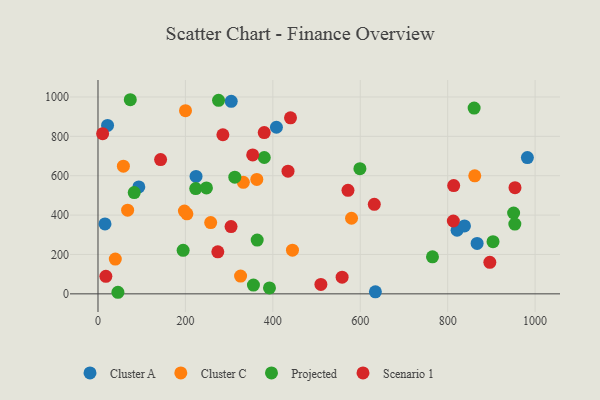
{"axis": {"x": "Price", "y": "Fuel Efficiency"}, "legend": ["Cluster A", "Cluster C", "Projected", "Scenario 1"], "data": [{"x": "408.2", "y": 846.4, "type": "Cluster A"}, {"x": "634.6", "y": 10.4, "type": "Cluster A"}, {"x": "21.9", "y": 855.4, "type": "Cluster A"}, {"x": "93.4", "y": 543.3, "type": "Cluster A"}, {"x": "224.3", "y": 596.6, "type": "Cluster A"}, {"x": "867.3", "y": 255.9, "type": "Cluster A"}, {"x": "16.0", "y": 355.1, "type": "Cluster A"}, {"x": "982.3", "y": 692.4, "type": "Cluster A"}, {"x": "821.5", "y": 323.1, "type": "Cluster A"}, {"x": "838.4", "y": 344.8, "type": "Cluster A"}, {"x": "304.8", "y": 977.8, "type": "Cluster A"}, {"x": "200.2", "y": 930.5, "type": "Cluster C"}, {"x": "326.2", "y": 90.4, "type": "Cluster C"}, {"x": "363.3", "y": 581.0, "type": "Cluster C"}, {"x": "257.8", "y": 362.2, "type": "Cluster C"}, {"x": "58.1", "y": 648.8, "type": "Cluster C"}, {"x": "332.5", "y": 566.6, "type": "Cluster C"}, {"x": "67.8", "y": 424.8, "type": "Cluster C"}, {"x": "861.9", "y": 599.3, "type": "Cluster C"}, {"x": "580.0", "y": 384.1, "type": "Cluster C"}, {"x": "203.4", "y": 406.5, "type": "Cluster C"}, {"x": "39.6", "y": 176.7, "type": "Cluster C"}, {"x": "197.7", "y": 420.4, "type": "Cluster C"}, {"x": "444.9", "y": 221.9, "type": "Cluster C"}, {"x": "45.6", "y": 8.0, "type": "Projected"}, {"x": "950.8", "y": 410.6, "type": "Projected"}, {"x": "73.9", "y": 986.1, "type": "Projected"}, {"x": "953.6", "y": 354.3, "type": "Projected"}, {"x": "903.7", "y": 264.9, "type": "Projected"}, {"x": "599.2", "y": 635.7, "type": "Projected"}, {"x": "223.6", "y": 534.6, "type": "Projected"}, {"x": "82.9", "y": 514.3, "type": "Projected"}, {"x": "860.5", "y": 943.5, "type": "Projected"}, {"x": "355.6", "y": 44.8, "type": "Projected"}, {"x": "248.1", "y": 538.3, "type": "Projected"}, {"x": "313.0", "y": 592.8, "type": "Projected"}, {"x": "364.2", "y": 273.0, "type": "Projected"}, {"x": "765.2", "y": 187.9, "type": "Projected"}, {"x": "392.3", "y": 30.2, "type": "Projected"}, {"x": "380.4", "y": 692.7, "type": "Projected"}, {"x": "194.8", "y": 221.3, "type": "Projected"}, {"x": "275.8", "y": 983.3, "type": "Projected"}, {"x": "558.5", "y": 84.6, "type": "Scenario 1"}, {"x": "813.7", "y": 549.8, "type": "Scenario 1"}, {"x": "304.4", "y": 341.5, "type": "Scenario 1"}, {"x": "434.7", "y": 623.1, "type": "Scenario 1"}, {"x": "10.6", "y": 813.6, "type": "Scenario 1"}, {"x": "440.4", "y": 894.3, "type": "Scenario 1"}, {"x": "571.9", "y": 526.1, "type": "Scenario 1"}, {"x": "632.1", "y": 454.8, "type": "Scenario 1"}, {"x": "143.2", "y": 682.3, "type": "Scenario 1"}, {"x": "353.9", "y": 705.5, "type": "Scenario 1"}, {"x": "896.4", "y": 159.9, "type": "Scenario 1"}, {"x": "18.0", "y": 89.1, "type": "Scenario 1"}, {"x": "509.9", "y": 47.7, "type": "Scenario 1"}, {"x": "285.7", "y": 808.1, "type": "Scenario 1"}, {"x": "812.9", "y": 370.1, "type": "Scenario 1"}, {"x": "274.1", "y": 213.3, "type": "Scenario 1"}, {"x": "380.3", "y": 819.0, "type": "Scenario 1"}, {"x": "954.0", "y": 539.4, "type": "Scenario 1"}]}